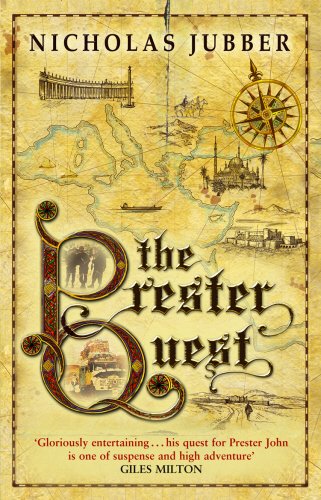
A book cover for The Prester Quest; Nicholas Jubber; Travel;